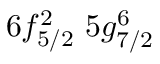
6 f _ { 5 / 2 } ^ { 2 } \, \, 5 g _ { 7 / 2 } ^ { 6 } \, \,